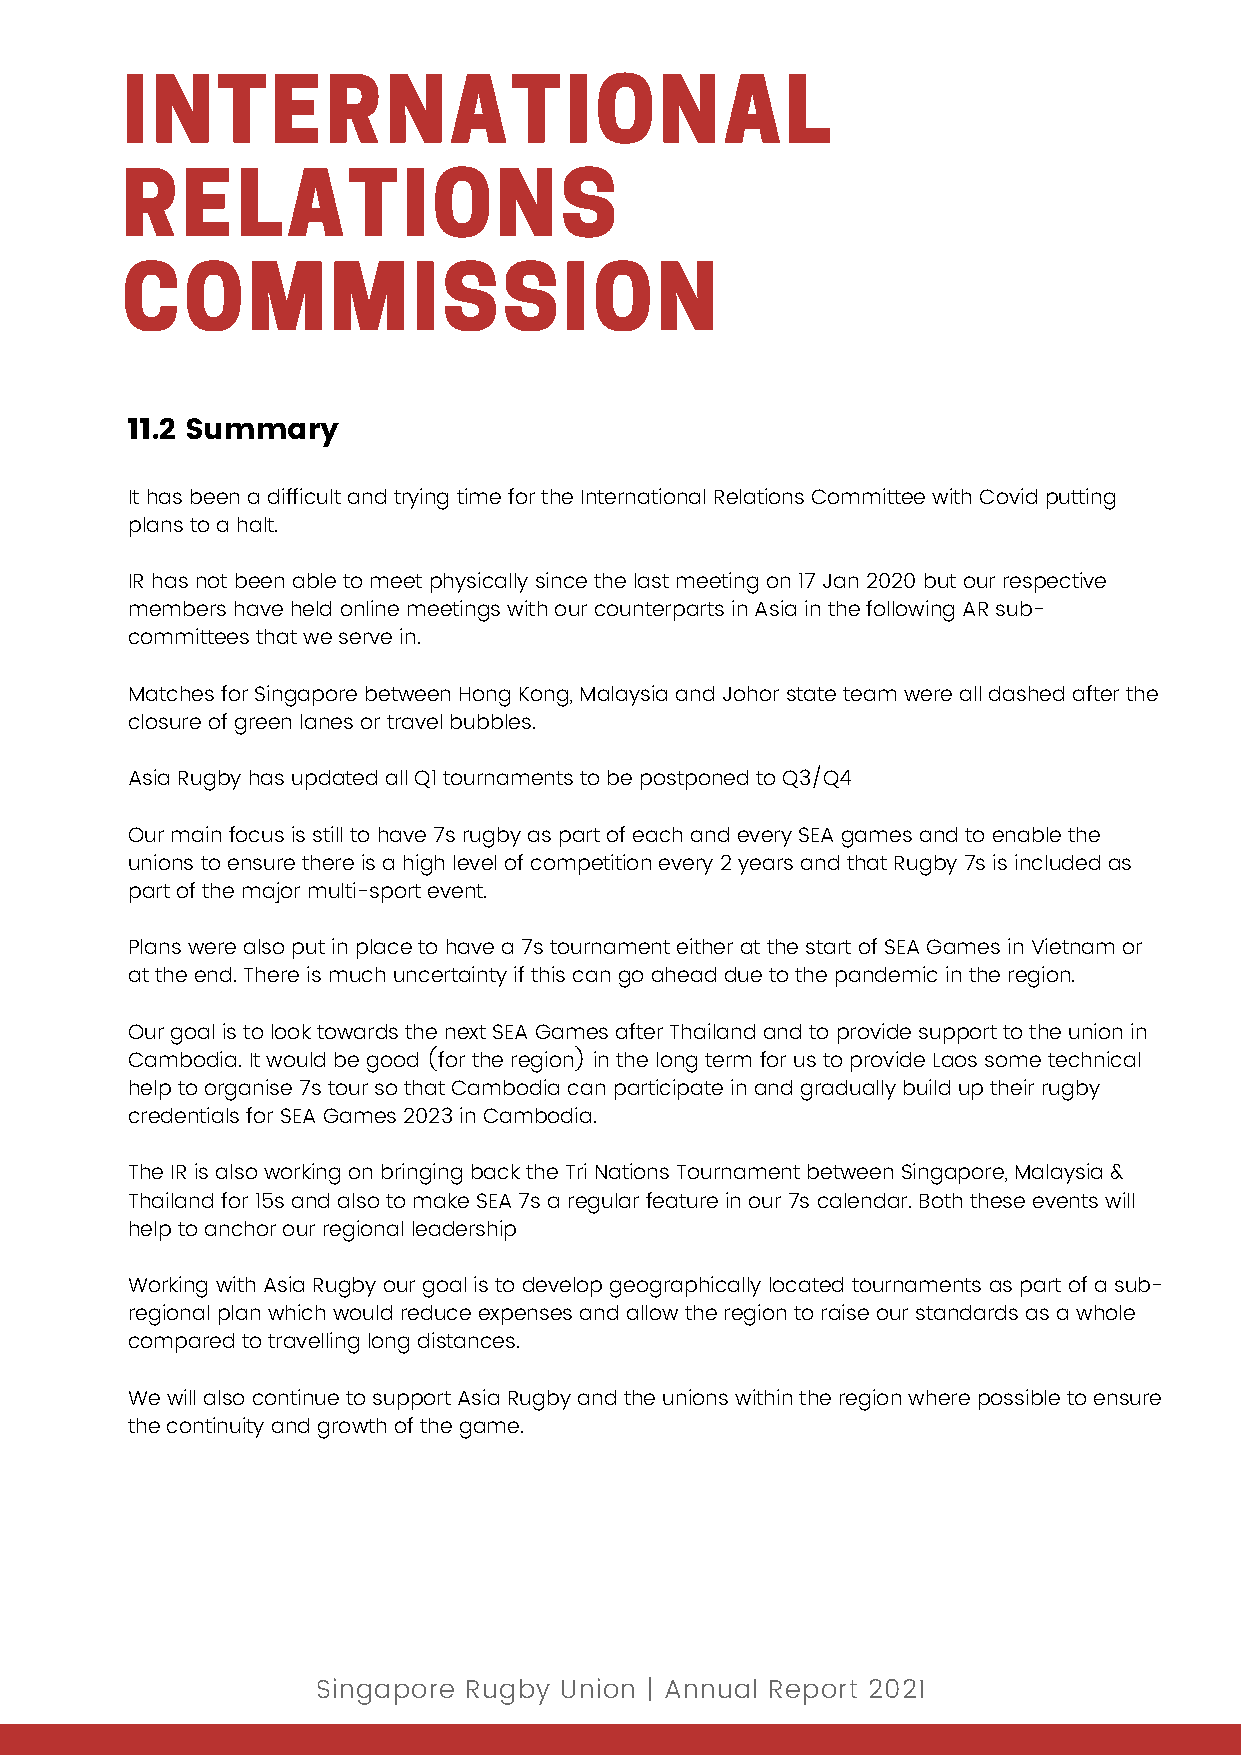
INTERNATIONAL
 RELATIONS
 COMMISSION
 11.2 Summary
 It has been a difficult and trying time for the International Relations Committee with Covid putting
 plans to a halt.
 IR has not been able to meet physically since the last meeting on 17 Jan 2020 but our respective
 members have held online meetings with our counterparts in Asia in the following AR sub-
 committees that we serve in.
 Matches for Singapore between Hong Kong, Malaysia and Johor state team were all dashed after the
 closure of green lanes or travel bubbles.
 Asia Rugby has updated all Q1 tournaments to be postponed to Q3/Q4
 Our main focus is still to have 7s rugby as part of each and every SEA games and to enable the
 unions to ensure there is a high level of competition every 2 years and that Rugby 7s is included as
 part of the major multi-sport event.
 Plans were also put in place to have a 7s tournament either at the start of SEA Games in Vietnam or
 at the end. There is much uncertainty if this can go ahead due to the pandemic in the region.
 Our goal is to look towards the next SEA Games after Thailand and to provide support to the union in
 Cambodia. It would be good (for the region) in the long term for us to provide Laos some technical
 help to organise 7s tour so that Cambodia can participate in and gradually build up their rugby
 credentials for SEA Games 2023 in Cambodia.
 The IR is also working on bringing back the Tri Nations Tournament between Singapore, Malaysia &
 Thailand for 15s and also to make SEA 7s a regular feature in our 7s calendar. Both these events will
 help to anchor our regional leadership
 Working with Asia Rugby our goal is to develop geographically located tournaments as part of a sub-
 regional plan which would reduce expenses and allow the region to raise our standards as a whole
 compared to travelling long distances.
 We will also continue to support Asia Rugby and the unions within the region where possible to ensure
 the continuity and growth of the game.
 Singapore Rugby Union | Annual Report 2021